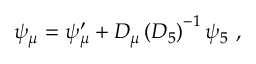
\psi _ { \mu } = \psi _ { \mu } ^ { \prime } + { \cal D } _ { \mu } \left( { \cal D } _ { 5 } \right) ^ { - 1 } \psi _ { 5 } \ ,